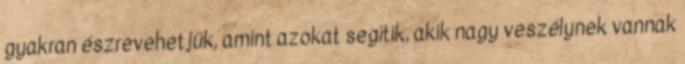
gyakran észrevehetjük, amint azokat segítik, akik nagy veszélynek vannak